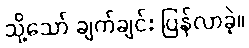
သို့သော် ချက်ချင်း ပြန်လာခဲ့။